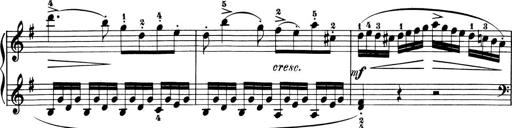
Title: 6 Piano Sonatinas
Composer: Cornelius Gurlitt